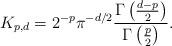
LaTeX: \begin{align*}K_{p,d} = 2^{-p}\pi^{-d/2}\frac{\Gamma\left(\frac{d-p}{2}\right)}{\Gamma\left(\frac{p}{2}\right)}.\end{align*}